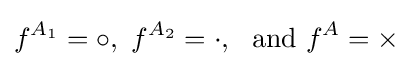
f^{A_{1}}=\circ ,\ f^{A_{2}}=\cdot ,\ {\text{ and }}f^{A}=\times